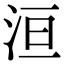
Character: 洹